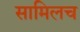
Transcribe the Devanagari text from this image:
सामिलच